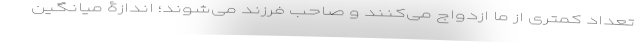
تعداد کمتری از ما ازدواج می‌کنند و صاحب فرزند می‌شوند؛ اندازۀ میانگین